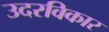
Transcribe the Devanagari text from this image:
उदरविकार